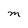
Character: M